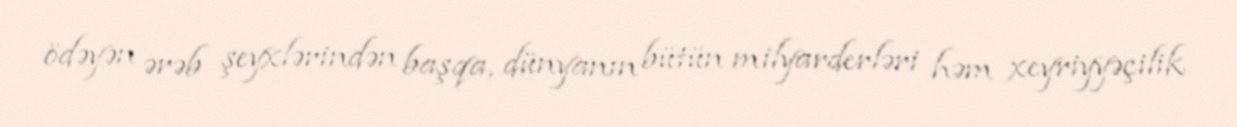
ödəyən ərəb şeyxlərindən başqa, dünyanın bütün milyarderləri həm xeyriyyəçilik